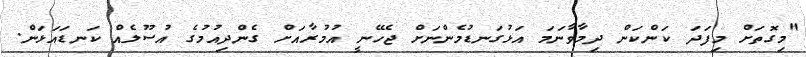
"މިގޮތަށް މިފަދަ ކަންކަން ދިމާވާނަމަ އަޅުގަނޑުމެންނަށް ޖެހޭނީ އުމުރާއަށް ގެންދިއުމުގެ އުސޫލެއް ކަނޑައަޅަން.